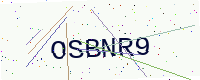
Text: OSBNR9